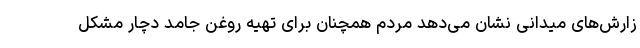
زارش‌های میدانی نشان می‌دهد مردم همچنان برای تهیه روغن جامد دچار مشکل